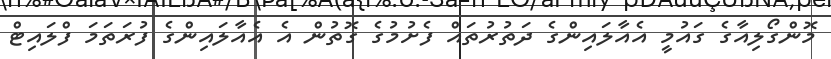
މޮންގޯލިއާގެ ގައުމީ އެއާލައިންގެ ދަތުރުތައް ފެށުމުގެ ގޮތުން އެ އެއާލައިންގެ ފުރަތަމަ ފްލައިޓް